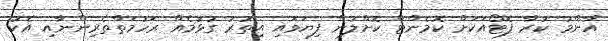
އާންމު ކުރާ ފޮޓޯއަކަށް ކޮމެންޓް ކޮށްލުން ފިޔަވައި އިތުރު ގުޅުމެއް ރަހުމަތްތެރިންނާއި އެކު